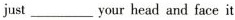
just ___ your head and face it